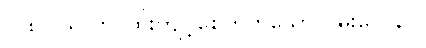
(၁၈) သူလာ-ထိုးကျင့်စေတတ်သော ဂမ်းလေနာ။